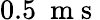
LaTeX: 0.5~\mathrm{~m~s~}